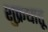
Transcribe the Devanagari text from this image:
शुक्रधातू